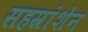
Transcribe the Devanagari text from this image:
सहस्रांशेन